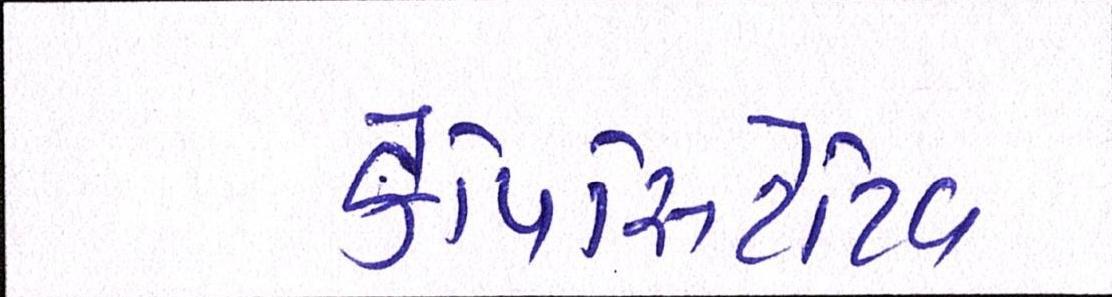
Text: કેપિસિટેટિવ